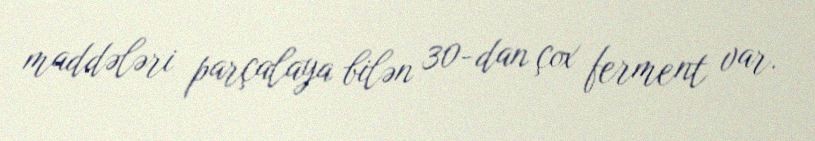
maddələri parçalaya bilən 30-dan çox ferment var.